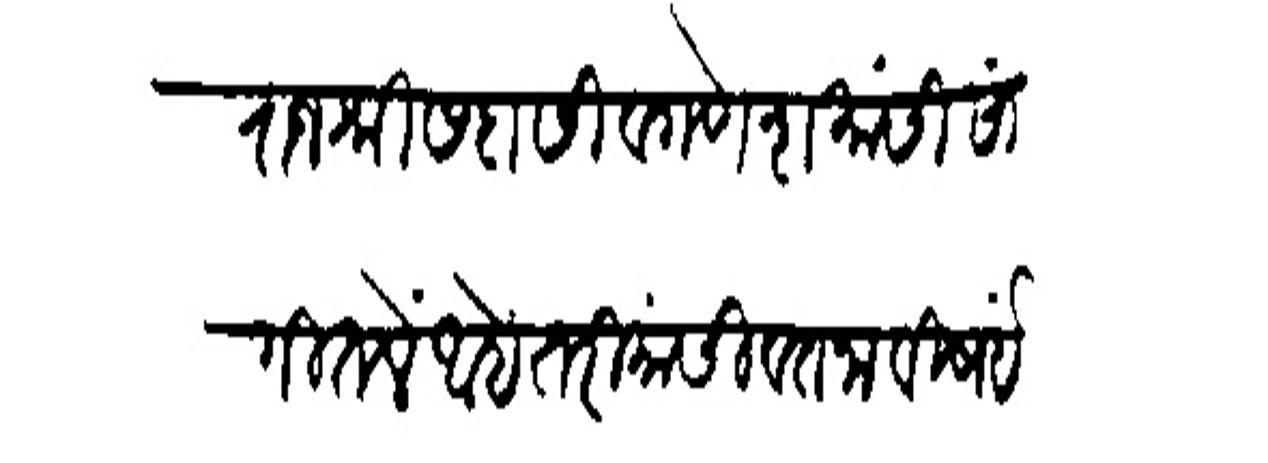
Transliteration (Devanagari): राजश्री सदासिव गणेश यांसी सांगितले आहे तरी यांसी वतनाविषई